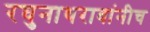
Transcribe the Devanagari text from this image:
रघुनाथरावांनीच